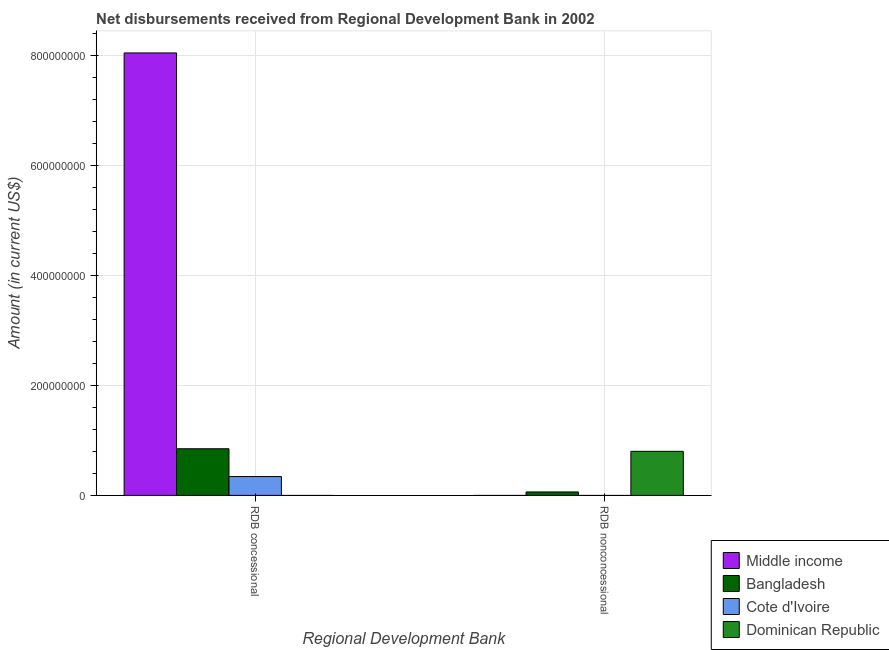
| Regional Development Bank | Middle income | Bangladesh | Cote d'Ivoire | Dominican Republic |
 | --- | --- | --- | --- | --- |
 | RDB concessional | 8.05e+08 | 8.49e+07 | 3.43e+07 | -1.81e+07 |
 | RDB nonconcessional | -1.41e+09 | 6.25e+06 | -1.08e+08 | 8.02e+07 |